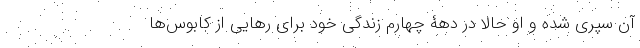
آن سپری شده و او حالا در دهۀ چهارم زندگی خود برای رهایی از کابوس‌ها